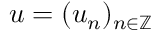
u = ( u _ { n } ) _ { n \in \mathbb { Z } }